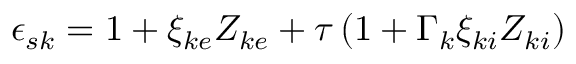
\begin{array} { r } { \epsilon _ { s { k } } = 1 + \xi _ { k e } Z _ { k e } + \tau \left( 1 + \Gamma _ { k } \xi _ { k i } Z _ { k i } \right) } \end{array}